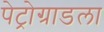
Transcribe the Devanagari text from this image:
पेट्रोग्राडला